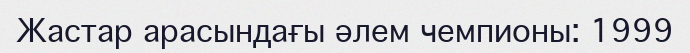
Жастар арасындағы әлем чемпионы: 1999